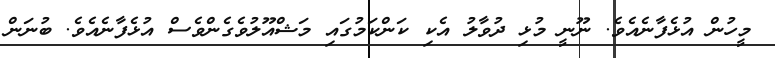
މީހުން އުޅެފާނެއެވެ. ނޫނީ މުޅި ދުވާލު އެކި ކަންކަމުގައި މަޝްއޫލުވެގެންވެސް އުޅެފާނެއެވެ. ބުނަން